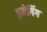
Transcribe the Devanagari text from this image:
इमेगिंग